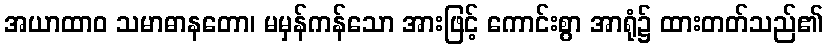
အယာထာဝ သမာဓာနတော၊ မမှန်ကန်သော အားဖြင့် ကောင်းစွာ အာရုံ၌ ထားတတ်သည်၏